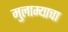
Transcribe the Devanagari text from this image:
मुलाम्याचा